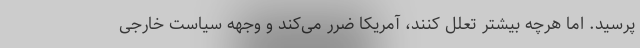
پرسید. اما هرچه بیشتر تعلل کنند، آمریکا ضرر می‌کند و وجهه سیاست خارجی